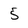
Character: 5